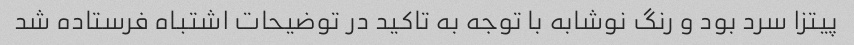
پیتزا سرد بود و رنگ نوشابه با توجه به تاکید در توضیحات اشتباه فرستاده شد